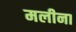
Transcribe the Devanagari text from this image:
मलीना